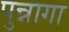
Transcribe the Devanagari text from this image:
पुन्नागा